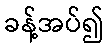
ခန့်အပ်၍